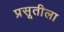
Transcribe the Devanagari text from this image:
प्रसूतीला